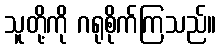
သူတို့ကို ဂရုစိုက်ကြသည်။